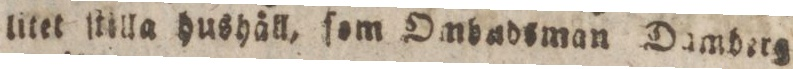
litet ſtilla hushåll, ſom Ombadsman Damderg